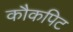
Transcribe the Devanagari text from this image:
कौकपिट